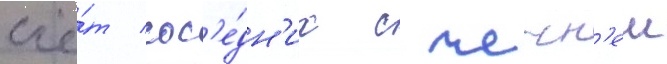
счё́т сос'е́дн'их с чечн'еи